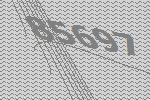
85697